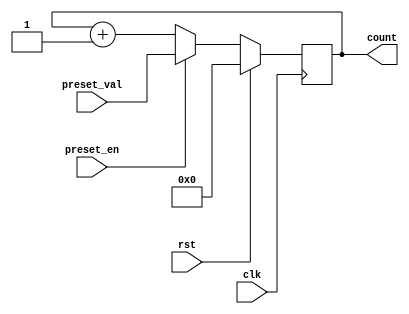
module presettable_counter (
    input wire clk,              // Clock input
    input wire rst,              // Reset input
    input wire preset_en,        // Preset enable input
    input wire [7:0] preset_val, // Preset value input (8-bit)
    output reg [7:0] count       // Current count output (8-bit)
);

    // Synchronous reset and counter logic
    always @(posedge clk) begin
        if (rst) begin
            count <= 8'b0;          // Reset count to zero
        end else if (preset_en) begin
            count <= preset_val;     // Load preset value into count
        end else begin
            count <= count + 1;      // Increment count
        end
    end

endmodule